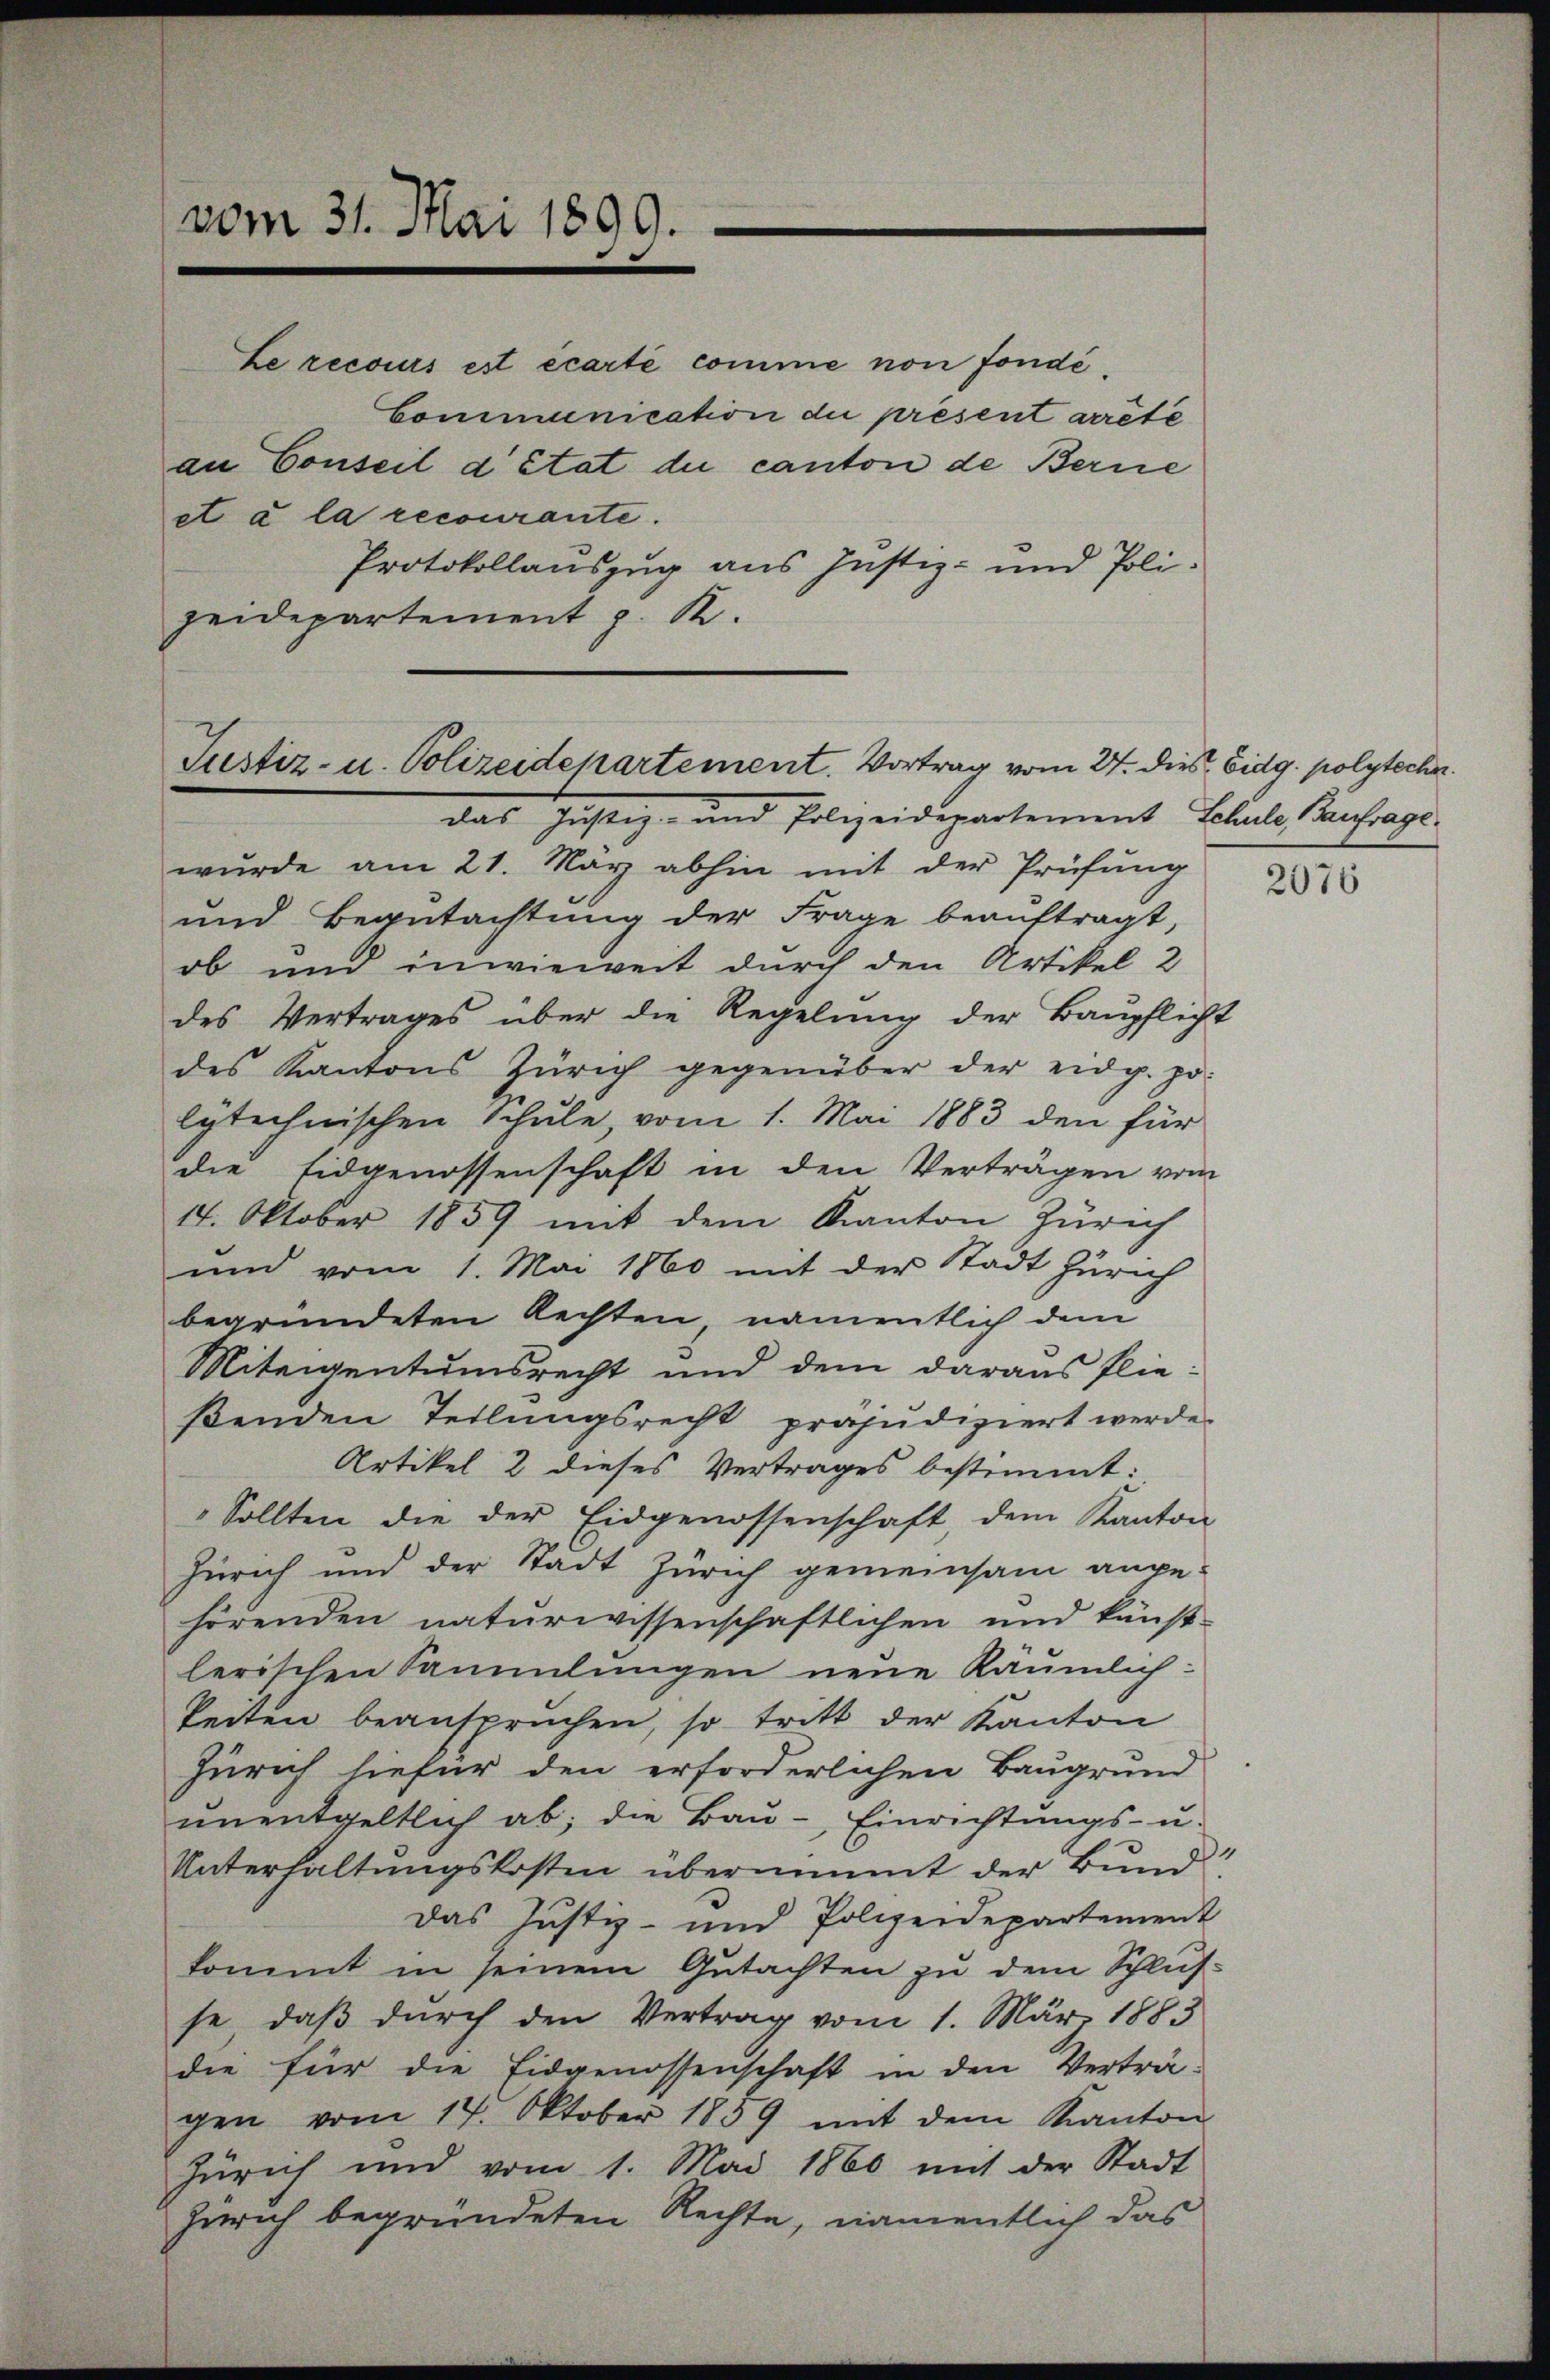
Le recours est écarté comme non fondé¬
Communication du présent arrête
an Conseil d’Etat du canton de Berne
et à la recourante.
Protokollauszug aus Justiz- und Polizeidepartement z. R.

vom 31. Mai 1899.

Justiz- u. Polizeidepartement. Vortrag vom 24. dies Eidg. polyteche

das Justiz- und Polizeidepartement Schule Anfrage
wŭrde am 21. März abhin mit der Prüfŭng
und Begutachtung der Frage beauftragt,
ob und inwieweit durch den Artikel 2
des Vertrages über die Regelung der Baupflicht
des Kantons Zürich gegenüber der eidg. po-
lytechnischen Schule, vom 1. Mai 1883 den für
die Eidgenossenschaft in den Verträgen vom
14. Oktober 1859 mit dem Kanton Zürich
und vom 1. Mai 1860 mit der Stadt Zürich
begründeten Rechten namentlich dem
Miteigentumsrecht und dem daraus flie-
ßenden Teilungsrecht präjudiziert werde.
Artikel 2 dieses Vertrages bestimmt:
Sollten die der Eidgenossenschaft, dem Kanton
Zürich und der Stadt Zürich gemeinsam ange-
hörenden naturwissenschaftlichen und künst-
lerischen Sammlungen neue Räumlich:
Peiten beansprŭchen, so tritt der Kanton
Zürich hiefür den erforderlichen Baugrund
ŭnentgeltlich ab, die Baŭ- Einrichtŭngs- u.
.
Unterhaltungskosten übernimmt der Bund
Das Justiz- und Polizeidepartement
kommt in seinem Gutachten zu dem Schlusse, daß durch den Vertrag vom 1. März 1883
die für die Eidgenossenschaft in den Verträ-
gen vom 14. Oktober 1859 mit dem Kanton
Zürich und vom 1. Mai 1866 mit der Stadt
Zürich begründeten Rechte, namentlich das

2076